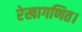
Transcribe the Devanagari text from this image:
रेखागणित।